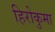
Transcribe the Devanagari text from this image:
हिरोकुमा